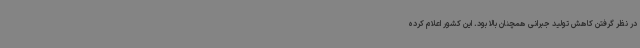
در نظر گرفتن کاهش تولید جبرانی همچنان بالا بود. این کشور اعلام کرده